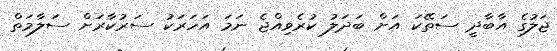
ޖަލުގެ އާބާދީ ސަތޭކަ އަށް ބަދަލު ކުރެވިއްޖެ ނަމަ އަހަރަކު ސަރުކާރަށް ސަލާމަތް